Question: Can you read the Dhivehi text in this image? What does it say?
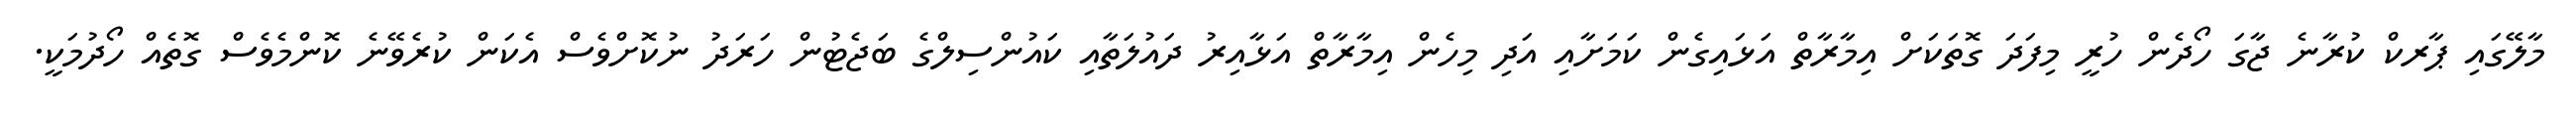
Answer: މާލޭގައި ޕާރކް ކުރާނެ ޖާގަ ހޯދެން ހުރީ މިފަދަ ގޮތަކަށް އިމާރާތް އަޅައިގެން ކަމަށާއި އަދި މިހެން އިމާރާތް އަޅާއިރު ދައުލަތާއި ކައުންސިލްގެ ބަޖެޓުން ހަރަދު ނުކޮށްވެސް އެކަން ކުރެވޭނެ ކޮންމެވެސް ގޮތެއް ހޯދުމަކީ.